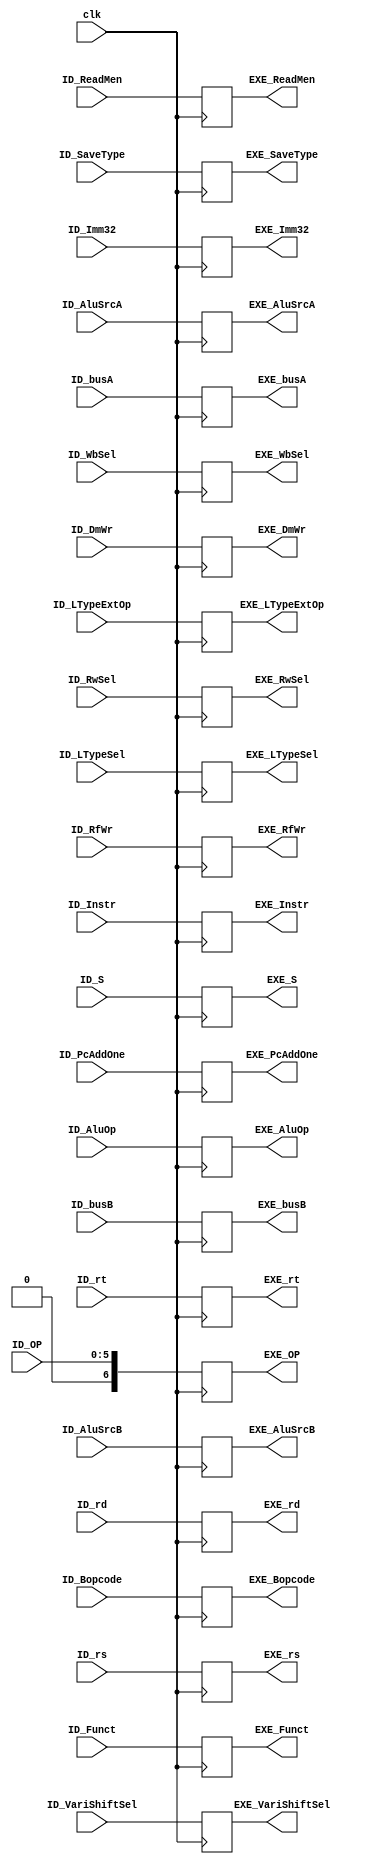
module PIPE_2_ID_EX_REG (
    input [3:0] ID_AluOp,    // ALU
    input [1:0] ID_WbSel,    // 
    input [1:0] ID_RwSel,    // 
    input ID_RfWr,           // 
    input ID_DmWr,           // 
    input [31:0] ID_busA,
    input [31:0] ID_busB,
    input [31:0] ID_Imm32, 
    input [4:0]  ID_rs,     
    input [4:0]  ID_rt,     
    input [4:0]  ID_rd,  
    input [5:0]  ID_OP,       
    input [5:0]  ID_Funct,   
    input [4:0]  ID_Bopcode,   
    input [31:2] ID_PcAddOne,
    input [4:0]  ID_S,
    input [1:0]  ID_SaveType,
    input [31:0] ID_Instr,
    input [2:0]  ID_LTypeExtOp,
    input ID_LTypeSel,
    input [1:0] ID_VariShiftSel,
    input ID_AluSrcA,
    input ID_AluSrcB,
    input ID_ReadMen,         // LW
    input clk,
    // input ID_EX_REG_WR,

    output [3:0] EXE_AluOp,    // ALU
    output [1:0] EXE_WbSel,    // 
    output [1:0] EXE_RwSel,    // 
    output EXE_RfWr,           // 
    output EXE_DmWr,           // 
    output [31:0] EXE_busA,
    output [31:0] EXE_busB,
    output [31:0] EXE_Imm32, 
    output [4:0]  EXE_rs,     
    output [4:0]  EXE_rt,     
    output [4:0]  EXE_rd,  
    output [6:0]  EXE_OP,       
    output [5:0]  EXE_Funct,   
    output [4:0]  EXE_Bopcode,   
    output [31:2] EXE_PcAddOne,
    output [4:0]  EXE_S,
    output [1:0]  EXE_SaveType,
    output [31:0] EXE_Instr,
    output [2:0] EXE_LTypeExtOp,
    output EXE_LTypeSel,
    output [1:0] EXE_VariShiftSel,
    output EXE_AluSrcA,
    output EXE_AluSrcB, 
    output EXE_ReadMen            // LW
);

    reg [3:0] EXE_AluOp_r;    // ALU
    reg [1:0] EXE_WbSel_r;    // 
    reg [1:0] EXE_RwSel_r;    // 
    reg EXE_RfWr_r;           // 
    reg EXE_DmWr_r;           // 
    reg [31:0] EXE_busA_r;
    reg [31:0] EXE_busB_r;
    reg [31:0] EXE_Imm32_r; 
    reg [4:0]  EXE_rs_r;     
    reg [4:0]  EXE_rt_r;     
    reg [4:0]  EXE_rd_r;  
    reg [6:0]  EXE_OP_r;       
    reg [5:0]  EXE_Funct_r;   
    reg [4:0]  EXE_Bopcode_r;   
    reg [31:2] EXE_PcAddOne_r;
    reg [4:0]  EXE_S_r;
    reg [1:0]  EXE_SaveType_r;
    reg [31:0] EXE_Instr_r;
    reg [2:0] EXE_LTypeExtOp_r;
    reg EXE_LTypeSel_r;
    reg [1:0] EXE_VariShiftSel_r;
    reg EXE_AluSrcA_r;
    reg EXE_AluSrcB_r; 
    reg EXE_ReadMen_r;          // LW  

    always @(posedge clk) begin
        //if (ID_EX_REG_WR)begin
            EXE_AluOp_r    <= ID_AluOp;
            EXE_WbSel_r    <= ID_WbSel;
            EXE_RwSel_r    <= ID_RwSel;
            EXE_RfWr_r     <= ID_RfWr;
            EXE_DmWr_r     <= ID_DmWr;
            EXE_busA_r     <=  ID_busA;   
            EXE_busB_r     <=  ID_busB;   
            EXE_Imm32_r    <=  ID_Imm32;    
            EXE_rs_r       <=  ID_rs; 
            EXE_rt_r       <=  ID_rt; 
            EXE_rd_r       <=  ID_rd; 
            EXE_OP_r       <=  ID_OP; 
            EXE_Funct_r    <=  ID_Funct;    
            EXE_Bopcode_r  <=  ID_Bopcode;      
            EXE_PcAddOne_r <=  ID_PcAddOne;  
            EXE_S_r        <=  ID_S;
            EXE_SaveType_r <=  ID_SaveType;
            EXE_Instr_r    <= ID_Instr;
            EXE_LTypeExtOp_r  <= ID_LTypeExtOp;
            EXE_LTypeSel_r    <= ID_LTypeSel;
            EXE_VariShiftSel_r<= ID_VariShiftSel;
            EXE_AluSrcA_r <= ID_AluSrcA;
            EXE_AluSrcB_r <= ID_AluSrcB;
            EXE_ReadMen_r <= ID_ReadMen;
        //end
           
    end

    assign EXE_AluOp = EXE_AluOp_r;
    assign EXE_WbSel = EXE_WbSel_r;
    assign EXE_RwSel = EXE_RwSel_r;
    assign EXE_RfWr = EXE_RfWr_r;
    assign EXE_DmWr = EXE_DmWr_r;
    assign EXE_busA = EXE_busA_r;
    assign EXE_busB = EXE_busB_r;
    assign EXE_Imm32 = EXE_Imm32_r;
    assign EXE_rs = EXE_rs_r;
    assign EXE_rt = EXE_rt_r;
    assign EXE_rd = EXE_rd_r;
    assign EXE_OP = EXE_OP_r;
    assign EXE_Funct    = EXE_Funct_r;
    assign EXE_Bopcode  = EXE_Bopcode_r;
    assign EXE_PcAddOne = EXE_PcAddOne_r;
    assign EXE_S  = EXE_S_r;
    assign EXE_SaveType = EXE_SaveType_r;
    assign EXE_Instr    = EXE_Instr_r;
    assign EXE_LTypeExtOp = EXE_LTypeExtOp_r;
    assign EXE_LTypeSel = EXE_LTypeSel_r;
    assign EXE_VariShiftSel = EXE_VariShiftSel_r;
    assign EXE_AluSrcA  = EXE_AluSrcA_r;
    assign EXE_AluSrcB  = EXE_AluSrcB_r;
    assign EXE_ReadMen  = EXE_ReadMen_r;
endmodule